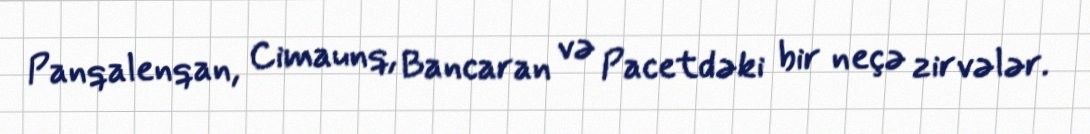
Panqalenqan, Cimaunq, Bancaran və Pacetdəki bir neçə zirvələr.